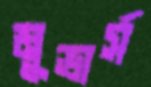
মুভার্স